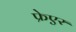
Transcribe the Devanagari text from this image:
फ्रेएर